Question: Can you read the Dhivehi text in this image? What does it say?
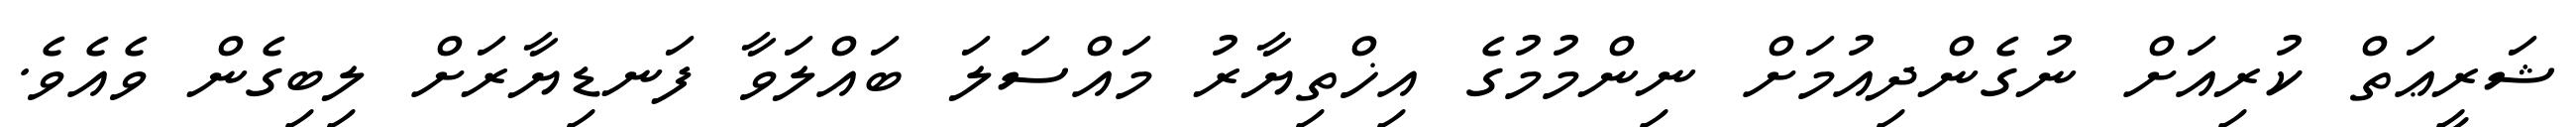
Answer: ޝަރީޢަތް ކުރިއަށް ނުގެންދިއުމަށް ނިންމުމުގެ އިޚްތިޔާރު މައްސަލަ ބައްލަވާ ފަނޑިޔާރަށް ލިބިގެން ވެއެވެ.